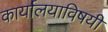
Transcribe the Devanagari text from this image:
कार्यालयाविषयी